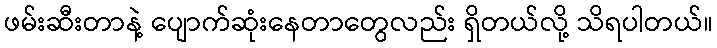
ဖမ်းဆီးတာနဲ့ ပျောက်ဆုံးနေတာတွေလည်း ရှိတယ်လို့ သိရပါတယ်။